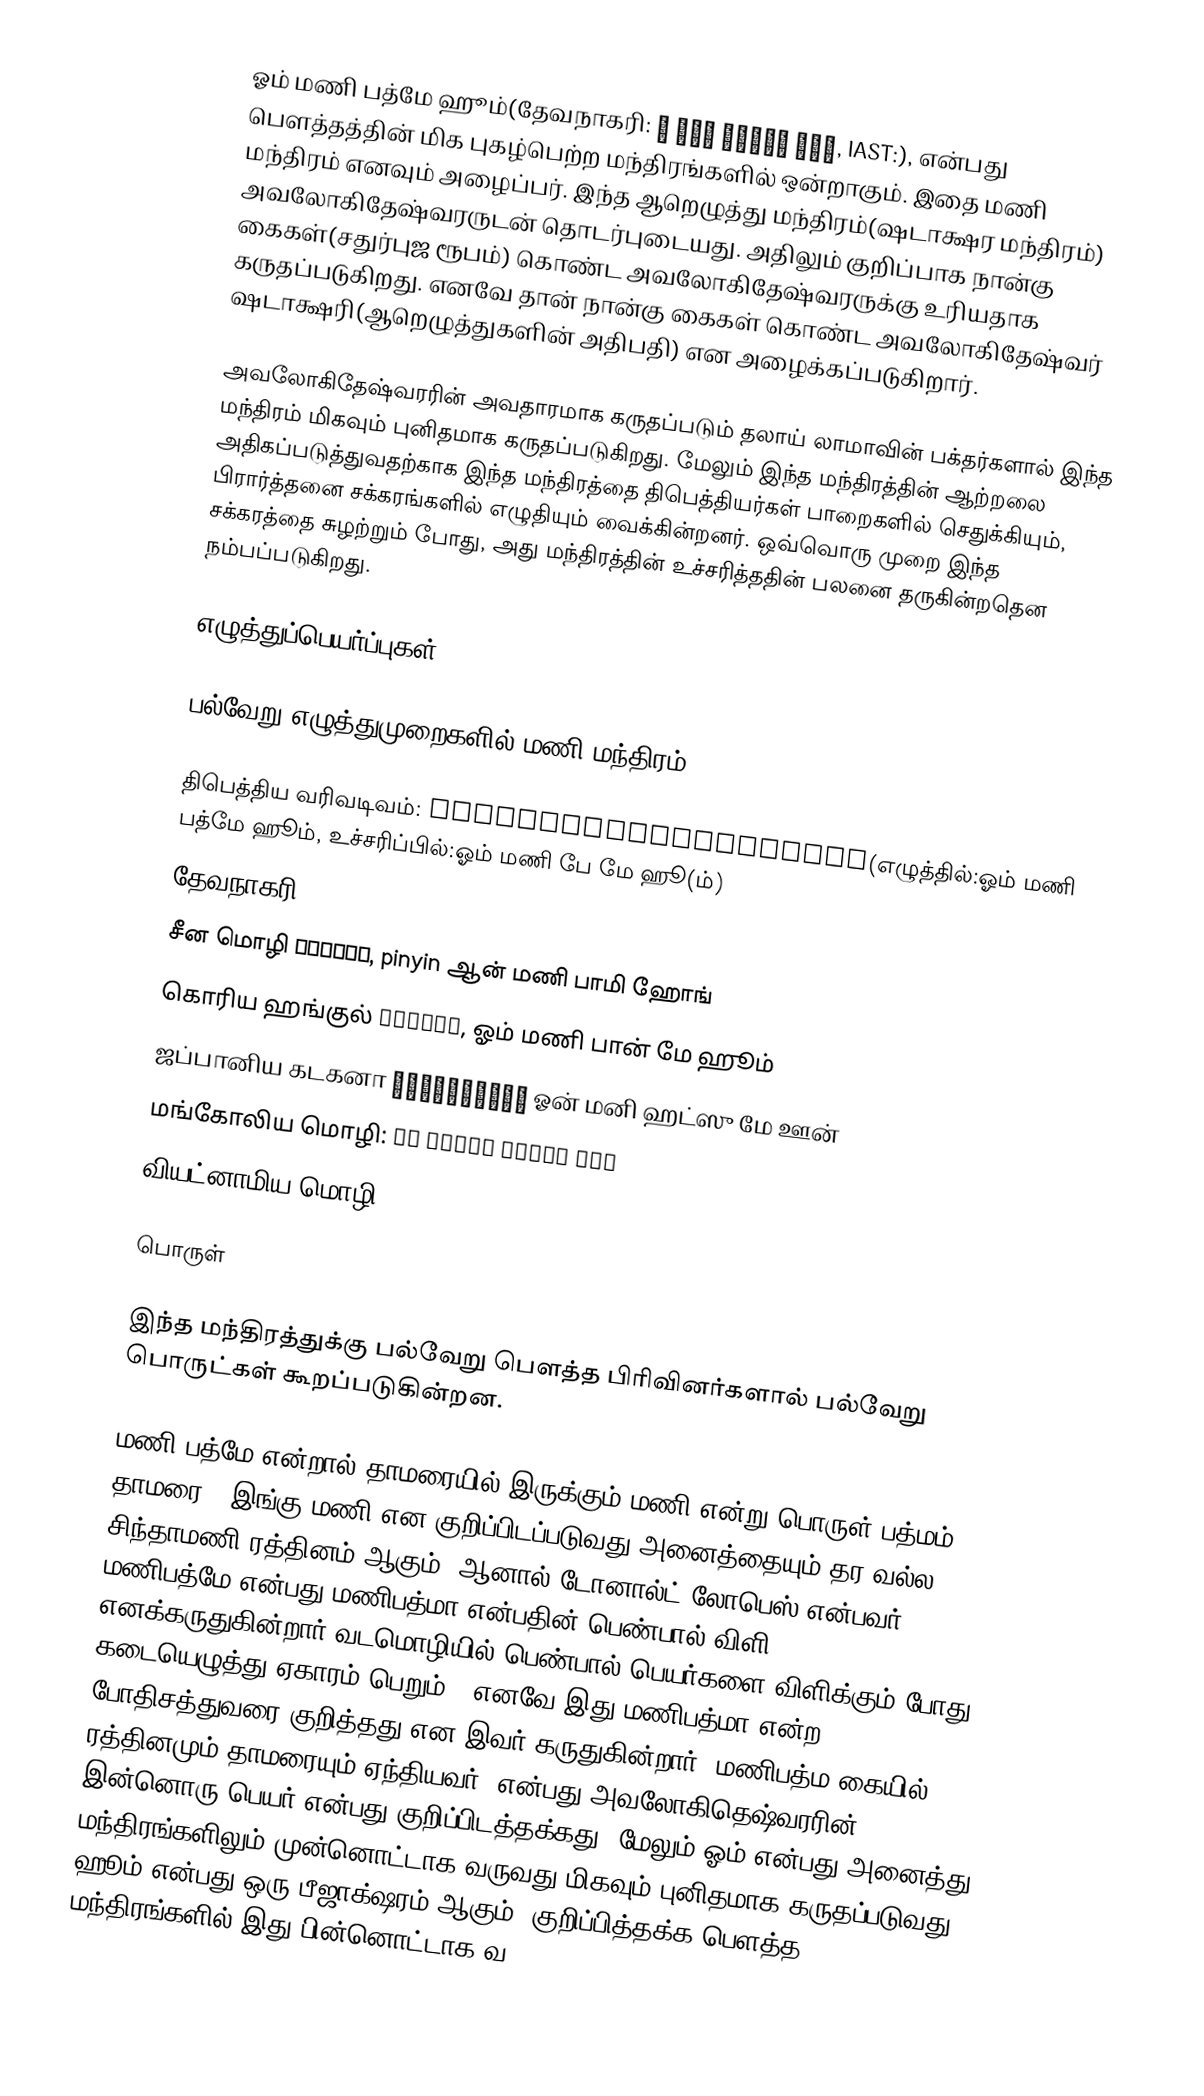
ஓம் மணி பத்மே ஹூம்(தேவநாகரி: ॐ मणि पद्मे हूँ, IAST:), என்பது பௌத்தத்தின் மிக புகழ்பெற்ற மந்திரங்களில் ஒன்றாகும். இதை மணி மந்திரம் எனவும் அழைப்பர். இந்த ஆறெழுத்து மந்திரம்(ஷடாக்ஷர மந்திரம்) அவலோகிதேஷ்வரருடன் தொடர்புடையது. அதிலும் குறிப்பாக நான்கு கைகள்(சதுர்புஜ ரூபம்) கொண்ட அவலோகிதேஷ்வரருக்கு உரியதாக கருதப்படுகிறது. எனவே தான் நான்கு கைகள் கொண்ட அவலோகிதேஷ்வர் ஷடாக்ஷரி(ஆறெழுத்துகளின் அதிபதி) என அழைக்கப்படுகிறார்.

அவலோகிதேஷ்வரரின் அவதாரமாக கருதப்படும் தலாய் லாமாவின் பக்தர்களால் இந்த மந்திரம் மிகவும் புனிதமாக கருதப்படுகிறது. மேலும் இந்த மந்திரத்தின் ஆற்றலை அதிகப்படுத்துவதற்காக இந்த மந்திரத்தை திபெத்தியர்கள் பாறைகளில் செதுக்கியும், பிரார்த்தனை சக்கரங்களில் எழுதியும் வைக்கின்றனர். ஒவ்வொரு முறை இந்த சக்கரத்தை சுழற்றும் போது, அது மந்திரத்தின் உச்சரித்ததின் பலனை தருகின்றதென நம்பப்படுகிறது.

எழுத்துப்பெயர்ப்புகள்

பல்வேறு எழுத்துமுறைகளில் மணி மந்திரம்:

 திபெத்திய வரிவடிவம்: ཨོཾ་མ་ཎི་པ་དྨེ་ཧཱུྃ་(எழுத்தில்:ஓம் மணி பத்மே ஹூம், உச்சரிப்பில்:ஓம் மணி பே மே ஹூ(ம்)
 தேவநாகரி: ॐ मणि पद्मे हूँ;
 சீன மொழி 唵嘛呢叭咪吽, pinyin ஆன் மணி பாமி ஹோங்
 கொரிய ஹங்குல் 옴마니반메훔, ஓம் மணி பான் மே ஹூம்
 ஜப்பானிய கடகனா オンマニハツメイウン ஓன் மனி ஹட்ஸு மே ஊன்
 மங்கோலிய மொழி: Ум маани бадми хум
வியட்னாமிய மொழி: Úm ma ni bát ni hồng or Án ma ni bát mê hồng

பொருள்

இந்த மந்திரத்துக்கு பல்வேறு பௌத்த பிரிவினர்களால் பல்வேறு பொருட்கள் கூறப்படுகின்றன.

மணி பத்மே என்றால் தாமரையில் இருக்கும் மணி என்று பொருள்(பத்மம் - தாமரை). இங்கு மணி என குறிப்பிடப்படுவது அனைத்தையும் தர வல்ல சிந்தாமணி ரத்தினம் ஆகும்.  ஆனால் டோனால்ட் லோபெஸ் என்பவர் மணிபத்மே என்பது மணிபத்மா என்பதின் பெண்பால் விளி எனக்கருதுகின்றார்(வடமொழியில் பெண்பால் பெயர்களை விளிக்கும் போது கடையெழுத்து ஏகாரம் பெறும்). எனவே இது மணிபத்மா என்ற போதிசத்துவரை குறித்தது என இவர் கருதுகின்றார். மணிபத்ம(கையில் ரத்தினமும் தாமரையும் ஏந்தியவர்) என்பது அவலோகிதெஷ்வரரின் இன்னொரு பெயர் என்பது குறிப்பிடத்தக்கது. மேலும் ஓம் என்பது அனைத்து மந்திரங்களிலும் முன்னொட்டாக வருவது மிகவும் புனிதமாக கருதப்படுவது. ஹூம் என்பது ஒரு பீஜாக்‌ஷரம் ஆகும். குறிப்பித்தக்க பௌத்த மந்திரங்களில் இது பின்னொட்டாக வ